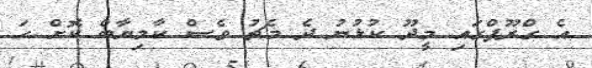
އެ ގްރޫޕްގައި މީދޫ ކުޅުނު ދެ މެޗު ވެސް ކާމިޔާބް ކޮށް ހަ